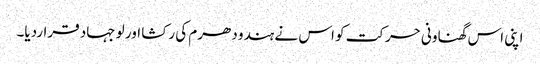
اپنی اس گھناونی حرکت کو اس نے ہندو دھرم کی رکشا اور لو جہاد قراردیا۔